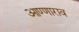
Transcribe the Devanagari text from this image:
आण्णाराव